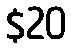
$20